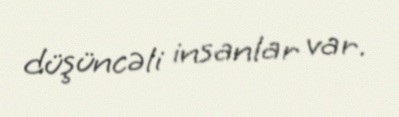
düşüncəli insanlar var.